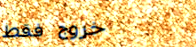
خروج فقط